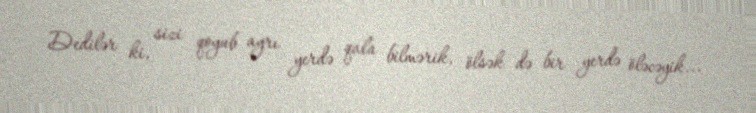
Dedilər ki, sizi qoyub ayrı yerdə qala bilmərik, ölsək də bir yerdə öləcəyik...